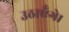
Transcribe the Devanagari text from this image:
उठाएँगे।